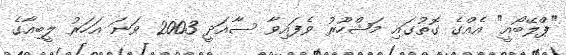
"ޕްލޭބޯއީ" އެއްގެ ގޮތުގައި މަޝްހޫރު ވެފައިވާ ސާއަދީ 2003 ވަނަ އަހަރު ލީބިއާގެ